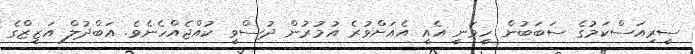
ސީރިއަސްކަމުގެ ސަބަބުން ހީވަނީ އެއީ އެއަށްވުރެ އުމުރުން ދުސްވީ ކުއްޖެއްހެނެވެ. އަބްދުލް އަޒީޒްގެ